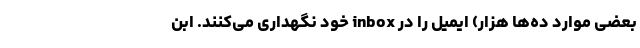
بعضی موارد ده‌ها هزار) ایمیل را در inbox خود نگهداری می‌کنند. ابن